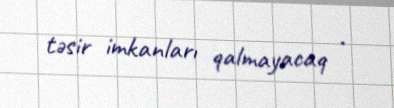
təsir imkanları qalmayacaq .